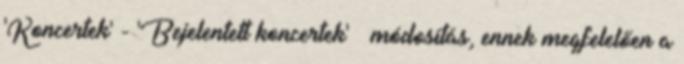
'Koncertek' - 'Bejelentett koncertek' » módosítás, ennek megfelelően a